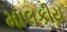
માલકીય